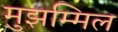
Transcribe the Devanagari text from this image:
मुझम्मिल